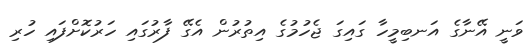
ވަނީ އޭނާގެ އަނބިމީހާ ގައިގަ ޖެހުމުގެ އިތުރުން އެގޭ ފާރުގައި ހަރުކޮށްފައި ހުރި